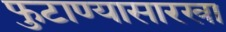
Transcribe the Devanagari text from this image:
फुटाण्यासारखा